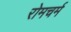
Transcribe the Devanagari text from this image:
रोमचर्म